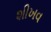
શીખવ